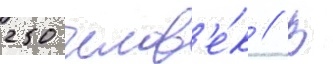
250 челов'е́к // В